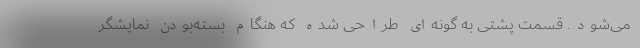
می‌شود. قسمت پشتی به گونه‌ای طراحی شده که هنگام بسته‌بودن نمایشگر